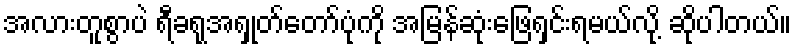
အလားတူစွာပဲ ရီခရုအရှုတ်တော်ပုံကို အမြန်ဆုံးဖြေရှင်းရမယ်လို့ ဆိုပါတယ်။